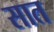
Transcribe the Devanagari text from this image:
सात